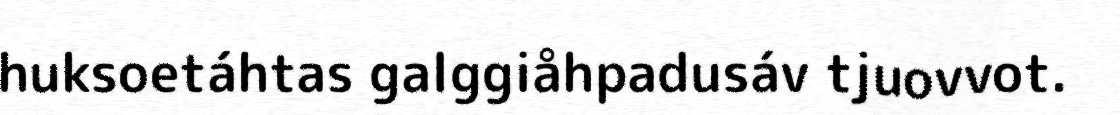
huksoetáhtas galggiåhpadusáv tjuovvot.